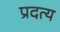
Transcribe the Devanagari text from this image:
प्रदत्य